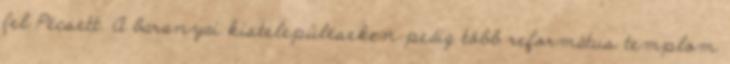
fel Pécsett. A baranyai kistelepüléseken pedig több református templom